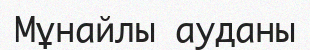
Мұнайлы ауданы